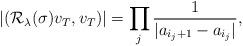
LaTeX: \begin{align*}|(\mathcal{R}_\lambda(\sigma) v_T,v_T)|=\prod_{j}\frac{1}{|a_{i_j+1}-a_{i_j}|},\end{align*}